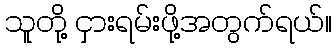
သူတို့ ငှားရမ်းဖို့အတွက်ရယ်။